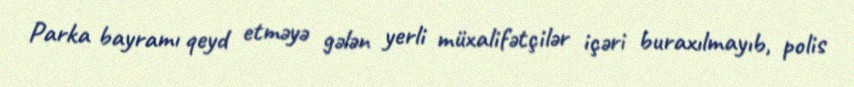
Parka bayramı qeyd etməyə gələn yerli müxalifətçilər içəri buraxılmayıb, polis